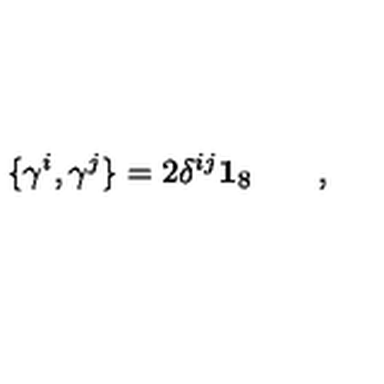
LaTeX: \{ \gamma ^ { i } , \gamma ^ { j } \} = 2 \delta ^ { i j } \mathbf { 1 } _ { 8 } \qquad ,